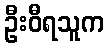
ဦးဝီရသူက